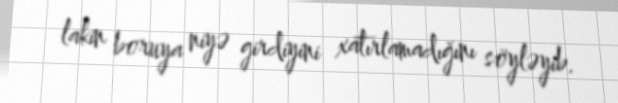
lakin boruya niyə girdiyini xatırlamadığını söyləyib.